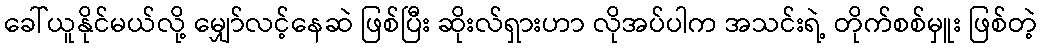
ခေါ်ယူနိုင်မယ်လို့ မျှော်လင့်နေဆဲ ဖြစ်ပြီး ဆိုးလ်ရှားဟာ လိုအပ်ပါက အသင်းရဲ့ တိုက်စစ်မှူး ဖြစ်တဲ့